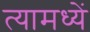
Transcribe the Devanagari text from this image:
त्यामध्यें